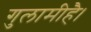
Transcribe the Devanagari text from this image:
गुलामीहै।